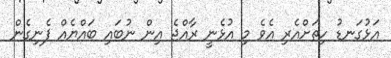
އަޅުގަނޑު ހިތަށްއެރި އެވެ މި އުޅެނީ ރާއްޖެ އިން ނުބައި ބައްޔެއް ފެނިގެން